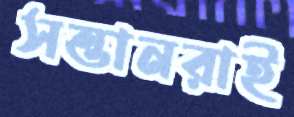
সন্তানরাই